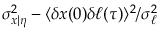
\sigma _ { x | \eta } ^ { 2 } - \langle \delta x ( 0 ) \delta \ell ( \tau ) \rangle ^ { 2 } / \sigma _ { \ell } ^ { 2 }